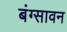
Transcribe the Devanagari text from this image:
बंग्सावन